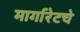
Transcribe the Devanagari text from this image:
मार्गारेटचे